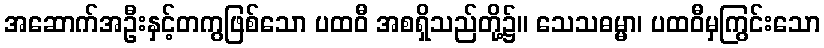
အဆောက်အဦးနှင့်တကွဖြစ်သော ပထဝီ အစရှိသည်တို့၌။ သေသဓမ္မာ၊ ပထဝီမှကြွင်းသော